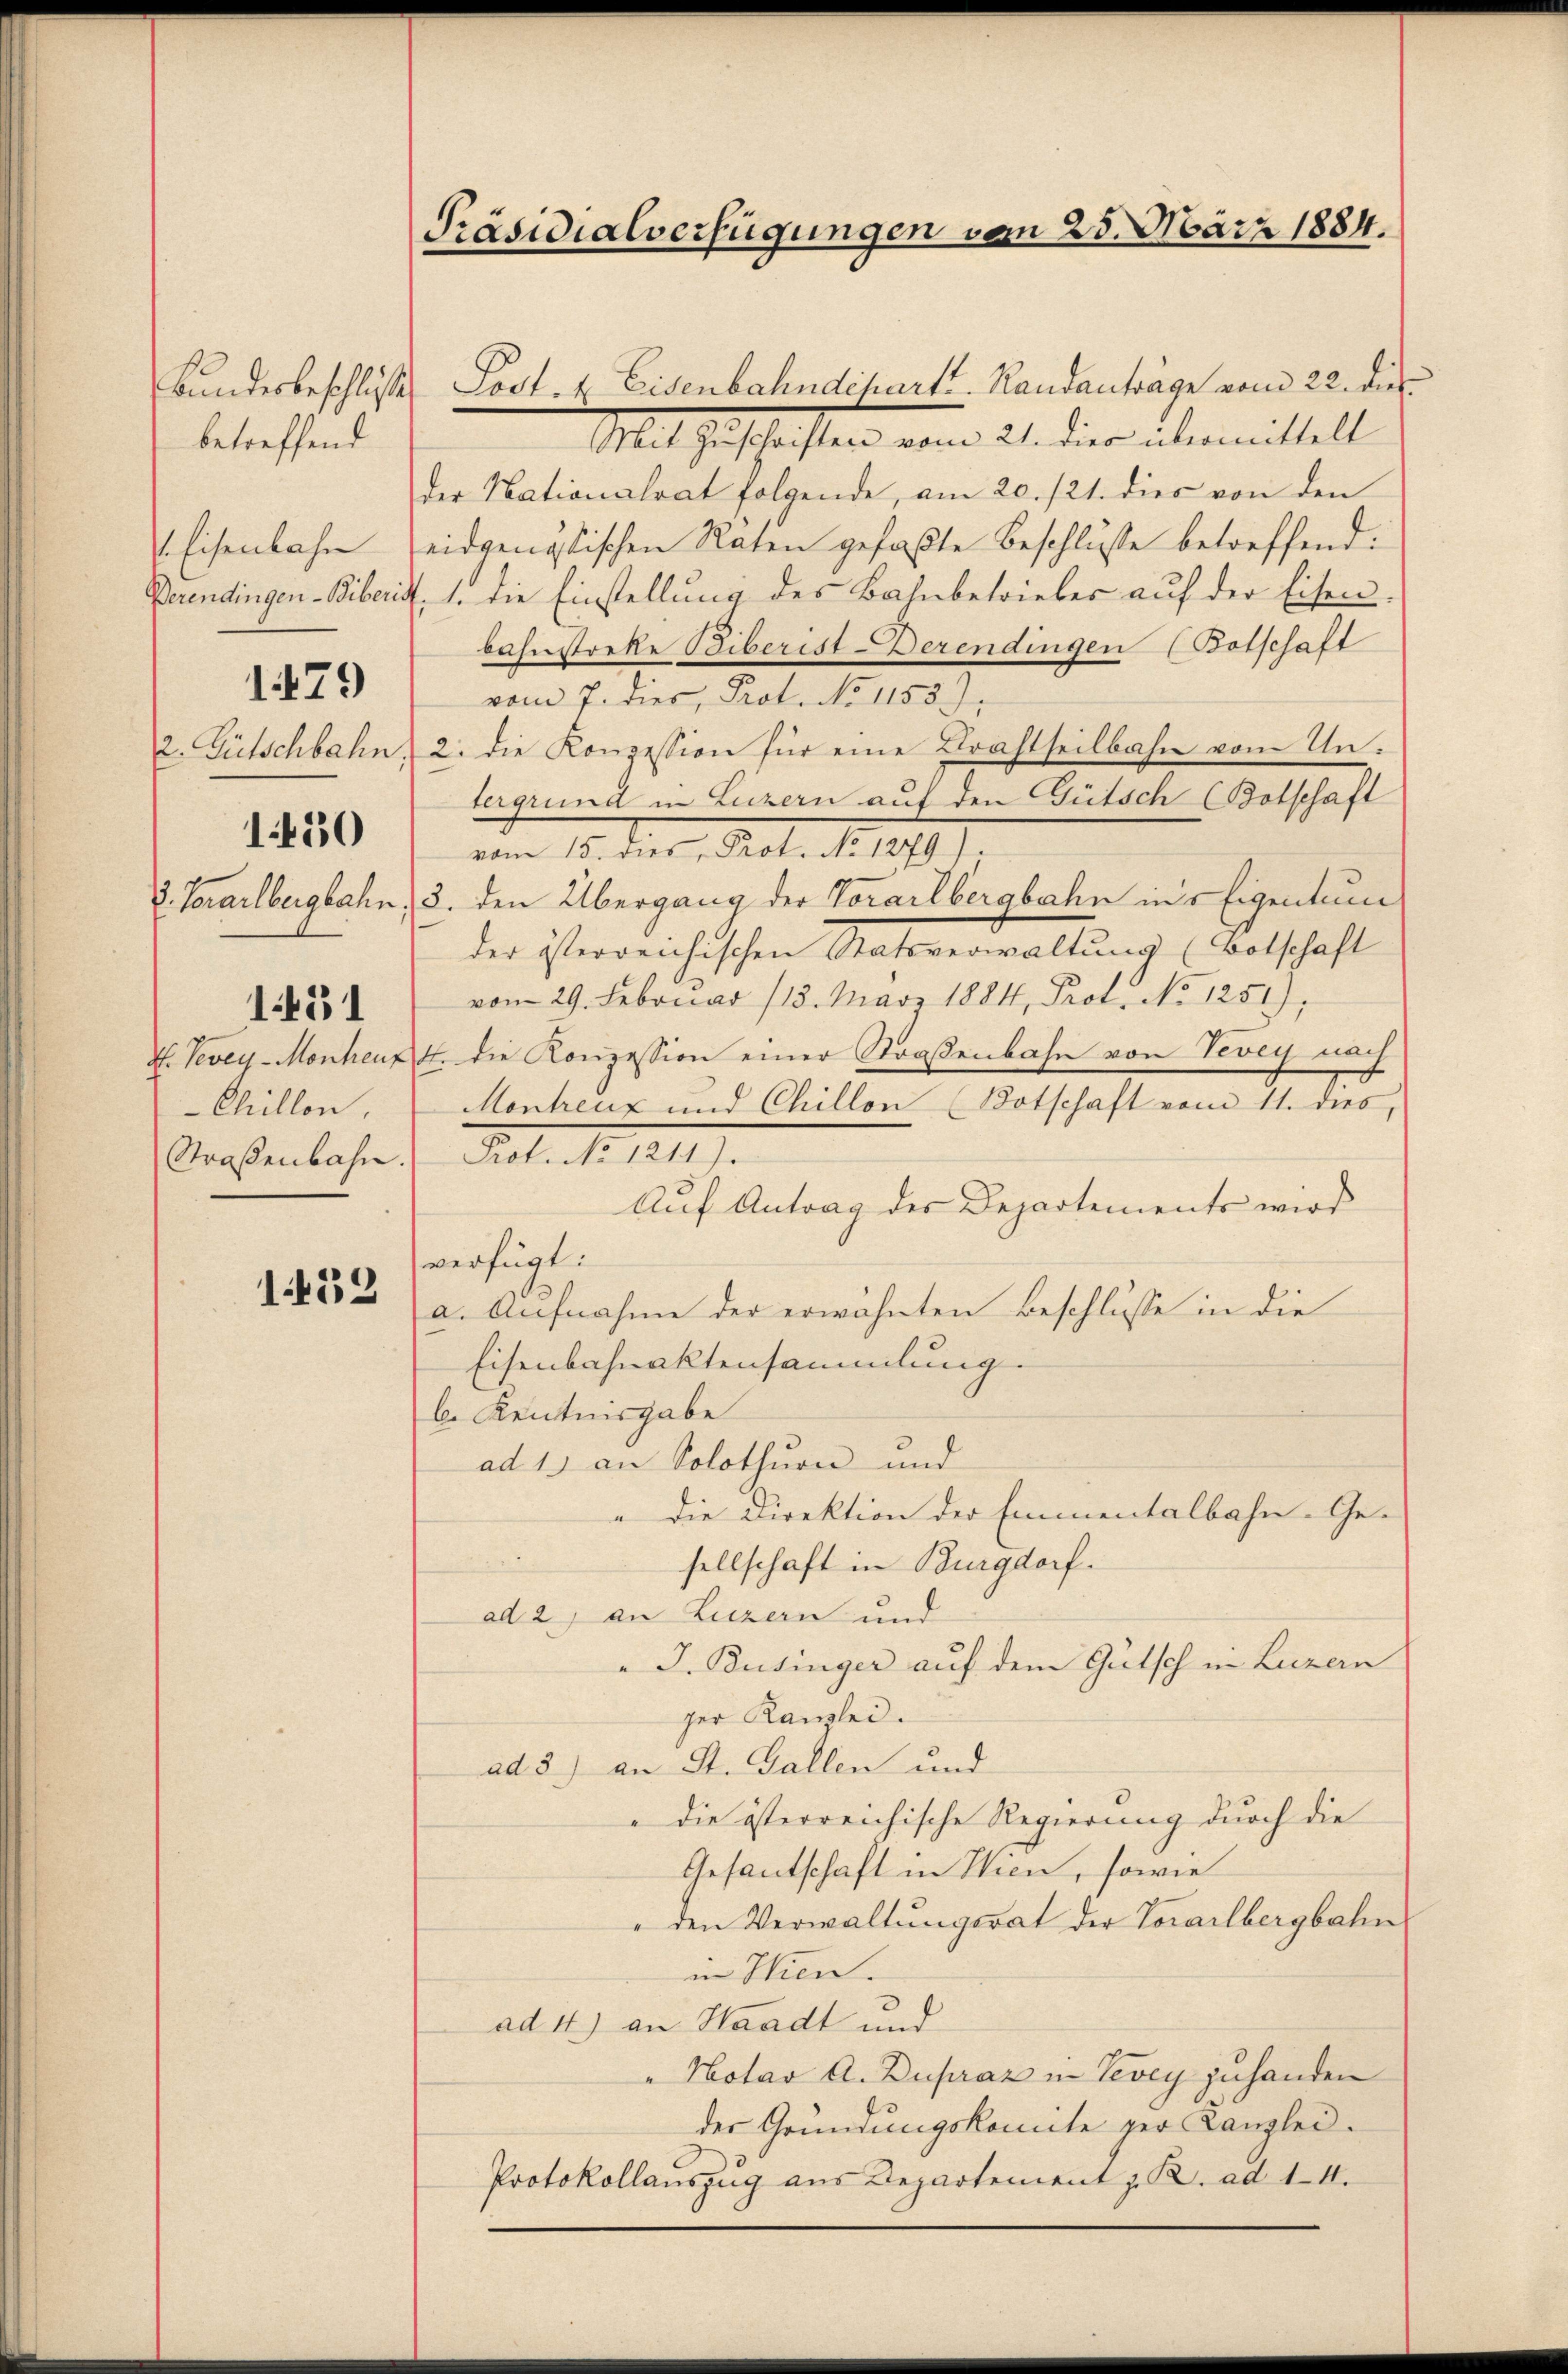
Bundesbeschlusse
betreffend
1479
2. Gütschbahn.
1430
1451
H. Vevey-Monheuz
Chillon,
Straßenbahn.

1439

Präsidialverfügungen vom 25. März 1884.

Lost- & Eisenbahndcharte. Randanträge vom 22. die
Mit Zuschriften vom 21. die übermittelt
der Nationalrat folgende, am 20./21. dies von den
 Eisenbahn eidgenössischen Raten gefaßte Beschlüsse betreffend:
Berendingen-Biberist, 1. die Einstellung des Bahnbetriebes auf der Eisenbahnstocke Biberist-Derendingen (Botschaft
vom 7. dies, Prof. No 1153).
2. die Konzession für eine Kraftseilbahn vom Untergrund in Luzern auf den Gütsch (Botschaft
vom 15. dies, Prot. No 1279)
3. Vorarlbergbahn, 3. den Übergang der Torarlbergbahn in Eigentum
der österreichischen Statsverwaltung (Botschaft
vom 29. Februar 113. März 1884, Prof. No 1251),
4. die Konzession einer Straßenbahn von Vevey nach
Montreux und Chillen (Botschaft vom 11. dies,
Fist. I. III.
Auf Antrag des Departements wird
verfügt:
a. Aufnahme der erwähnten Beschlusse in die
Eisenbahnaktensammlung.
b. Kenntnisgabe
ad 1) an Solothurn und
Die Direktion der Emmentalbahn- Ge-
sellschaft in Burgdorf.
ad 2, an Luzern und
" J. Businger auf dem Gutsch in Luzern
ger Kanzlei.
ad 3) an St. Gallen und
die österreichische Regierung durch die
Gesantschaft in Wien, sowie
den Verwaltungsrat der Vorarlbergbahn
in Wien.
ad 4) an Waadt und
"Hotav A. Dupraz in Vevey zuhanden
der Gründungskomite per Canzlei-
Protokollaŭszŭg aŭs Departement z. B. ad 14.